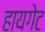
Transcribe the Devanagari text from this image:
हायगेट